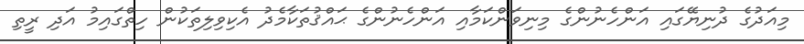
މިއަދުގެ ދުނިޔޭގައި އަންހެނުންގެ މިނިވަންކަމާއި އަންހެނުންގެ ޙައްޤުތަކާމެދު އެކިވިލިތަކުން ހިތްގައިމު އަދި ރީތި